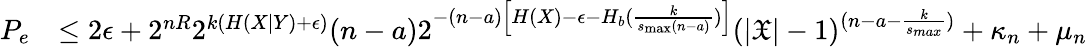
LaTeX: \begin{array}{rl}{P_{e}}&{\le 2\epsilon+2^{nR}2^{k(H(X|Y)+\epsilon)}(n-a)2^{-(n-a)\left[H(X)-\epsilon-H_{b}(\frac{k}{s_{\operatorname*{max}}(n-a)})\right]}(|\mathfrak{X}|-1)^{(n-a-\frac{k}{s_{max}})}+\kappa_{n}+\mu_{n}}\end{array}